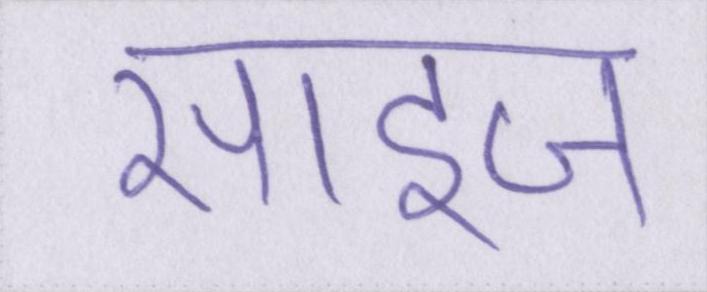
साइज